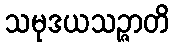
သမုဒယသဉ္ဇာတိ